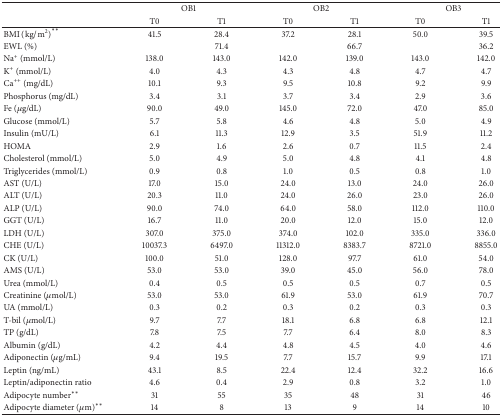
<table><thead><tr><td rowspan="2"><b> </b></td><td colspan="2"><b>OB1</b></td><td colspan="2"><b>OB2</b></td><td colspan="2"><b>OB3</b></td></tr><tr><td><b>T0</b></td><td><b>T1</b></td><td><b>T0</b></td><td><b>T1</b></td><td><b>T0</b></td><td><b>T1</b></td></tr></thead><tbody><tr><td>BMI (kg/m<sup>2</sup>)<sup><i>∗∗</i></sup></td><td>41.5</td><td>28.4</td><td>37.2</td><td>28.1</td><td>50.0</td><td>39.5</td></tr><tr><td>EWL (%)</td><td> </td><td>71.4</td><td> </td><td>66.7</td><td> </td><td>36.2</td></tr><tr><td>Na<sup>+</sup> (mmol/L)</td><td>138.0</td><td>143.0</td><td>142.0</td><td>139.0</td><td>143.0</td><td>142.0</td></tr><tr><td>K<sup>+</sup> (mmol/L)</td><td>4.0</td><td>4.3</td><td>4.3</td><td>4.8</td><td>4.7</td><td>4.7</td></tr><tr><td>Ca<sup>++</sup> (mg/dL)</td><td>10.1</td><td>9.3</td><td>9.5</td><td>10.8</td><td>9.2</td><td>9.9</td></tr><tr><td>Phosphorus (mg/dL)</td><td>3.4</td><td>3.1</td><td>3.7</td><td>3.4</td><td>2.9</td><td>3.6</td></tr><tr><td>Fe (<i>μ</i>g/dL)</td><td>90.0</td><td>49.0</td><td>145.0</td><td>72.0</td><td>47.0</td><td>85.0</td></tr><tr><td>Glucose (mmol/L)</td><td>5.7</td><td>5.8</td><td>4.6</td><td>4.8</td><td>5.0</td><td>4.9</td></tr><tr><td>Insulin (mU/L)</td><td>6.1</td><td>11.3</td><td>12.9</td><td>3.5</td><td>51.9</td><td>11.2</td></tr><tr><td>HOMA</td><td>2.9</td><td>1.6</td><td>2.6</td><td>0.7</td><td>11.5</td><td>2.4</td></tr><tr><td>Cholesterol (mmol/L)</td><td>5.0</td><td>4.9</td><td>5.0</td><td>4.8</td><td>4.1</td><td>4.8</td></tr><tr><td>Triglycerides (mmol/L)</td><td>0.9</td><td>0.8</td><td>1.0</td><td>0.5</td><td>0.8</td><td>1.0</td></tr><tr><td>AST (U/L)</td><td>17.0</td><td>15.0</td><td>24.0</td><td>13.0</td><td>24.0</td><td>26.0</td></tr><tr><td>ALT (U/L)</td><td>20.3</td><td>11.0</td><td>24.0</td><td>26.0</td><td>23.0</td><td>26.0</td></tr><tr><td>ALP (U/L)</td><td>90.0</td><td>74.0</td><td>64.0</td><td>58.0</td><td>112.0</td><td>110.0</td></tr><tr><td>GGT (U/L)</td><td>16.7</td><td>11.0</td><td>20.0</td><td>12.0</td><td>15.0</td><td>12.0</td></tr><tr><td>LDH (U/L)</td><td>307.0</td><td>375.0</td><td>374.0</td><td>102.0</td><td>335.0</td><td>336.0</td></tr><tr><td>CHE (U/L)</td><td>10037.3</td><td>6497.0</td><td>11312.0</td><td>8383.7</td><td>8721.0</td><td>8855.0</td></tr><tr><td>CK (U/L)</td><td>100.0</td><td>51.0</td><td>128.0</td><td>97.7</td><td>61.0</td><td>54.0</td></tr><tr><td>AMS (U/L)</td><td>53.0</td><td>53.0</td><td>39.0</td><td>45.0</td><td>56.0</td><td>78.0</td></tr><tr><td>Urea (mmol/L)</td><td>0.4</td><td>0.5</td><td>0.5</td><td>0.5</td><td>0.7</td><td>0.5</td></tr><tr><td>Creatinine (<i>μ</i>mol/L)</td><td>53.0</td><td>53.0</td><td>61.9</td><td>53.0</td><td>61.9</td><td>70.7</td></tr><tr><td>UA (mmol/L)</td><td>0.3</td><td>0.2</td><td>0.3</td><td>0.2</td><td>0.3</td><td>0.3</td></tr><tr><td>T-bil (<i>μ</i>mol/L)</td><td>9.7</td><td>7.7</td><td>18.1</td><td>6.8</td><td>6.8</td><td>12.1</td></tr><tr><td>TP (g/dL)</td><td>7.8</td><td>7.5</td><td>7.7</td><td>6.4</td><td>8.0</td><td>8.3</td></tr><tr><td>Albumin (g/dL)</td><td>4.2</td><td>4.4</td><td>4.8</td><td>4.5</td><td>4.0</td><td>4.6</td></tr><tr><td>Adiponectin (<i>μ</i>g/mL)</td><td>9.4</td><td>19.5</td><td>7.7</td><td>15.7</td><td>9.9</td><td>17.1</td></tr><tr><td>Leptin (ng/mL)</td><td>43.1</td><td>8.5</td><td>22.4</td><td>12.4</td><td>32.2</td><td>16.6</td></tr><tr><td>Leptin/adiponectin ratio</td><td>4.6</td><td>0.4</td><td>2.9</td><td>0.8</td><td>3.2</td><td>1.0</td></tr><tr><td>Adipocyte number<sup><i>∗∗</i></sup></td><td>31</td><td>55</td><td>35</td><td>48</td><td>31</td><td>46</td></tr><tr><td>Adipocyte diameter (<i>μ</i>m)<sup><i>∗∗</i></sup></td><td>14</td><td>8</td><td>13</td><td>9</td><td>14</td><td>10</td></tr></tbody></table>